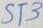
Text: ST3